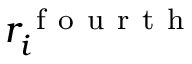
r _ { i } ^ { \mathrm { ~ f ~ o ~ u ~ r ~ t ~ h ~ } }